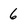
Character: 6